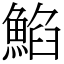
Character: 䱤